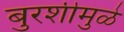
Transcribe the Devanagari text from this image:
बुरशीमुळे